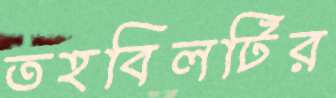
তহবিলটির